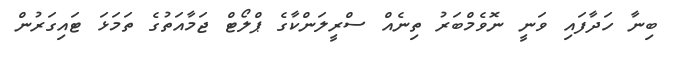
ބިނާ ހަދާފައި ވަނީ ނޮވެމްބަރު ތިނެއް ސްރީލަންކާގެ ޕްލޯޓް ޖަމާއަތުގެ ތަމަޅަ ޓައިގަރުން